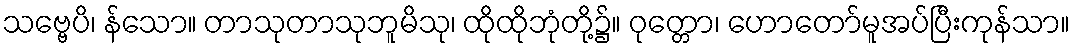
သဗ္ဗေပိ၊ န်သော။ တာသုတာသုဘူမိသု၊ ထိုထိုဘုံတို့၌။ ဝုတ္တော၊ ဟောတော်မူအပ်ပြီးကုန်သာ။